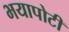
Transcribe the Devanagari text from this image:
भयापोटी